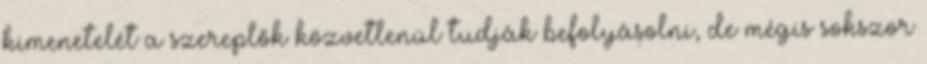
kimenetelét a szereplők közvetlenül tudják befolyásolni, de mégis sokszor